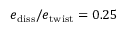
e _ { \mathrm { d i s s } } / e _ { \mathrm { t w i s t } } = 0 . 2 5